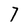
Character: 7